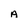
Character: A